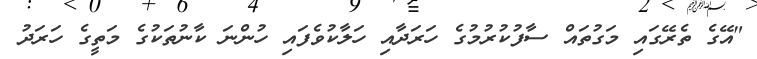
"އޭގެ ތެރޭގައި މަގުތައް ސާފުކުރުމުގެ ހަރަދާއި ހަލާކުވެފައި ހުންނަ ކާނުތަކުގެ މަތީގެ ހަރަދު